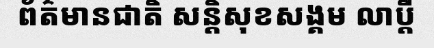
ព័ត៌មានជាតិ សន្តិសុខសង្គម លាប្តី